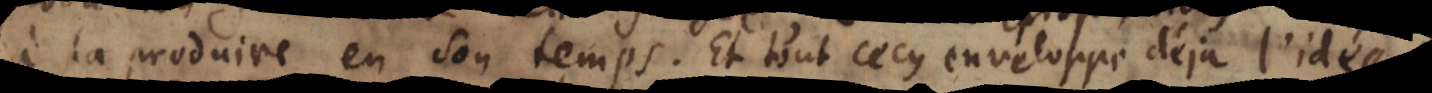
à la produire en son temps. Et tout cecy enveloppe déja l’idée